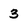
Character: 3